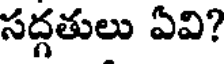
సద్గతులు ఏవి?